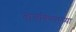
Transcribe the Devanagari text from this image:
वाचविण्याच्या